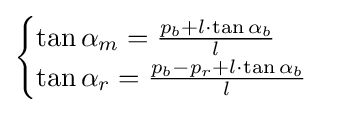
{\begin{cases}\tan \alpha _{m}={\frac {p_{b}+l\cdot \tan \alpha _{b}}{l}}\\\tan \alpha _{r}={\frac {p_{b}-p_{r}+l\cdot \tan \alpha _{b}}{l}}\end{cases}}